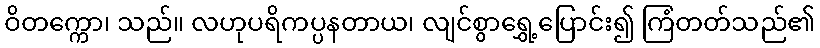
ဝိတက္ကော၊ သည်။ လဟုပရိကပ္ပနတာယ၊ လျင်စွာရွှေ့ပြောင်း၍ ကြံတတ်သည်၏